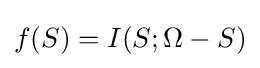
f(S)=I(S;\Omega -S)